Scientific memoirs by medical officers of the Army of India - Part XII,
Year: 1901
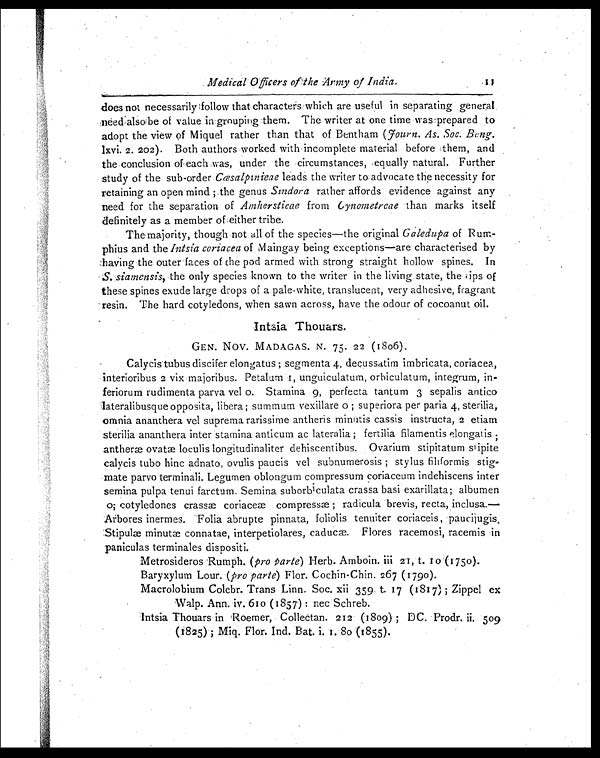
Medical Officers of the Army of India.
does not necessarily follow that characters which are useful in separating general
need also be of value in grouping them. The writer at one time was prepared to
adopt the view of Miquel rather than that of Bentham (Fourn. As. Soc. Bung.
1XVi. 2. 202). Both authors worked with incomplete material before them, and
the conclusion of each was, under the circumstances, equally natural. Further
study of the sub-order Cœsalpinieae leads the writer to advocate the necessity for
retaining an open mind ;the genus Sindora rather affords evidence against any
need for the separation of Amherstieae from Cynometreae than marks itself
definitely as a member of either tribe.
The majority, though not all of the species—the original Galedupa of Rum-
phius and the Intsia coriacea of Maingay being exceptions—are characterised by
having the outer faces of the pod armed with strong straight hollow spines. In
S. siamensis, the only species known to the writer in the living state, the iips of
these spines exude large drops of a pale-white, translucent, very adhesive, fragrant
resin. The hard cotyledons, when sawn across, have the odour of cocoanut oil.
Intsia Thouars.
GEN. Nov. MADAGAS. N. 75. 22 (1806).
Calycistubus discifer elongatus ; segmenta 4, decussatim imbricata, coriacea,
interioribus 2 vix majoribus. Petalum I, unguiculatum, orbiculatum, integrum, in-
feriorum rudimenta parva vel o. Stamina 9, perfecta tantum 3 sepalis antico
lateralibusque opposita, libera ; summum vexillare o ; superiora per paria 4, sterilia,
omnia ananthera vel suprema rarissime antheris minutis cassis instructa, 2 etiam
sterilia ananthera inter stamina anticum ac lateralia ; fertilia filamentis elongatis ;
antheræ ovatæ loculis longitudinaliter dehiscentibus. Ovarium stipitatum sipite
calycis tubo hinc adnato, ovulis paucis vel subnumerosis ; stylus filiformis
stig-mate parvo terminali. Legumen oblongum compressum coriaceum indehiscens inter
semina pulpa tenui farctum. Semina suborb i culata crassa basi exarillata; albumen
o; cotyledones crassæ coriaceæ compressæ ; radicula brevis, recta, inclusa.—
Arbores inermes. Folia abrupte pinnata, foliolis tenuiter coriaceis, paucijugis.
Stipulæ minutæ connatae, interpetiolares, caclucæ. Flores racemosi, racemis in
paniculas terminales dispositi.
Metrosideros Rumph. (pro Parte) Herb. Amboin. iii 21, t. 10 . (1750).
Baryxylum Lour. (pro parte) Flor. Cochin-Chin. 267 (1790).
Macrolobium Colebr. Trans Linn. Soc. xii 359. t. 17 (1817) ; Zippel ex
Walp. Ann. iv. 610 (1857) : nec Schreb.
Intsia Thouars in Roemer, Collectan. 212 (1809) ; DC. Prodr. ii. 509
(1825) ; Miq. Flor. Ind. Bat. i. I. 80 (1855).